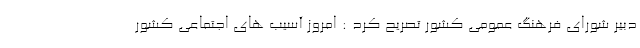
دبیر شورای فرهنگ عمومی کشور تصریح کرد : امروز آسیب های اجتماعی کشور